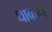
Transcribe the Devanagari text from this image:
धाकाच